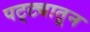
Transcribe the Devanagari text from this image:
पट्ट्यातून